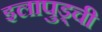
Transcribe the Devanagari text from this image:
इलापुड्ची